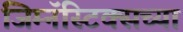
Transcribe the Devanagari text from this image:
जिम्नॅस्टिक्सच्या